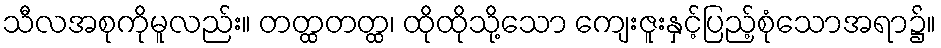
သီလအစုကိုမူလည်း။ တတ္ထတတ္ထ၊ ထိုထိုသို့သော ကျေးဇူးနှင့်ပြည့်စုံသောအရာ၌။